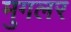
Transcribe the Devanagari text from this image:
मुगलर